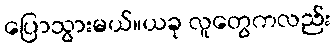
ပြောသွားမယ်။ယခု လူတွေကလည်း